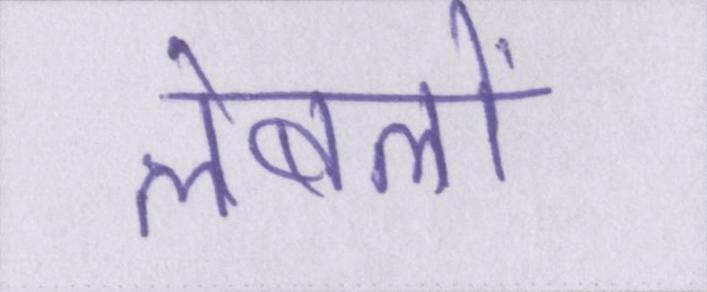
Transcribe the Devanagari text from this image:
लेबलों